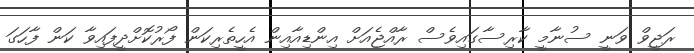
ރަޖީވް ވަނީ ސުނާމީ ކާރިސާގައިވެސް ރާއްޖެއަށް އިންޑިއާއިން އެހީތެރިކަން ފޯރުކޮށްދީފައިވާ ކަަން ފާހަގަ